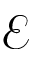
\mathcal { E }